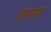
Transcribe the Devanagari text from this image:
वृषारूढ़ां